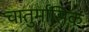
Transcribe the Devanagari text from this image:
चातुर्मासिक